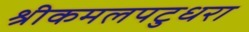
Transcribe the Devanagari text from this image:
श्रीकमलपटुधरा